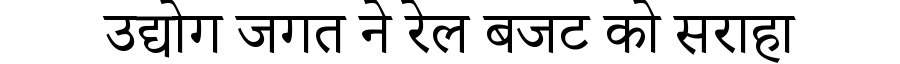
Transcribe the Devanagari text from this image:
उद्योग जगत ने रेल बजट को सराहा